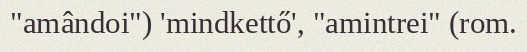
"amândoi") 'mindkettő', "amintrei" (rom.